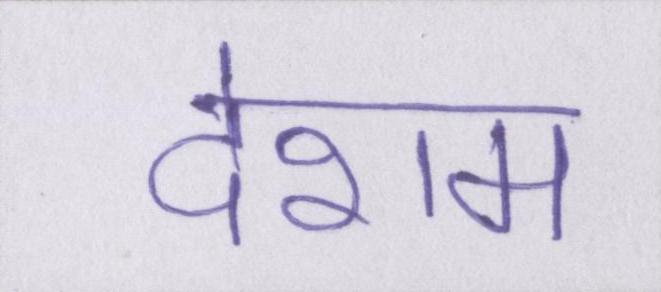
देशम